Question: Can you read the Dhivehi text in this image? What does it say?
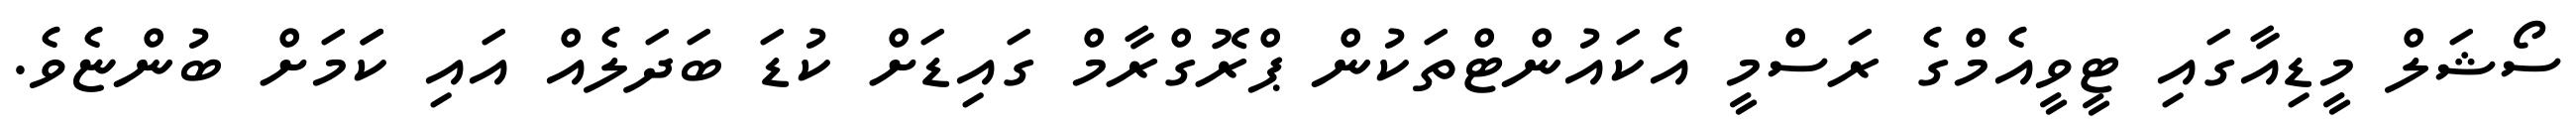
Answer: ސޯޝަލް މީޑިއާގައި ޓީވީއެމްގެ ރަސްމީ އެކައުންޓްތަކުން ޕްރޮގްރާމް ގައިޑަށް ކުޑަ ބަދަލެއް އައި ކަަމަށް ބުންޏެވެ.